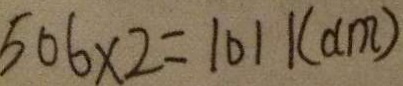
5 0 6 \times 2 = 1 0 1 1 ( d m )